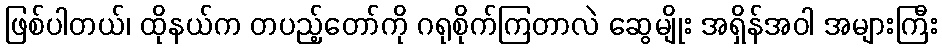
ဖြစ်ပါတယ်၊ ထိုနယ်က တပည့်တော်ကို ဂရုစိုက်ကြတာလဲ ဆွေမျိုး အရှိန်အဝါ အများကြီး